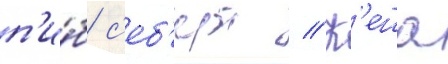
п'и́б с'еб'ерт // К'еша